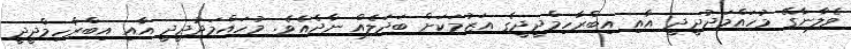
ވެލާނާގޭ މުހައްމަދުދީދީ އާއި އިބްރާހިމްދީދީގެ އަޒުމަކަށް ބަދަލެއް ނާދެއެވެ. މުހައްމަދުދީދީ އާއި އިބްރާހިމްދީދީ